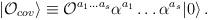
LaTeX: \begin{align*}|{\cal O}_{cov}\rangle\equiv {\cal O}^{a_1\ldots a_s}\alpha^{a_1}\ldots\alpha^{a_s}|0\rangle\,.\end{align*}